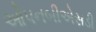
ઓપનબીએસડી